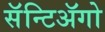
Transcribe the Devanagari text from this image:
सॅन्टिॲगो